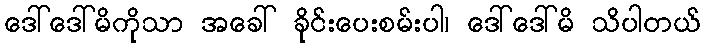
ဒေါ်ဒေါ်မိကိုသာ အခေါ် ခိုင်းပေးစမ်းပါ၊ ဒေါ်ဒေါ်မိ သိပါတယ်